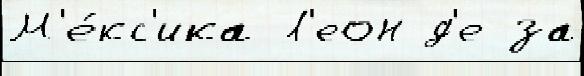
М'е́кс'ика Л'еон д'е за